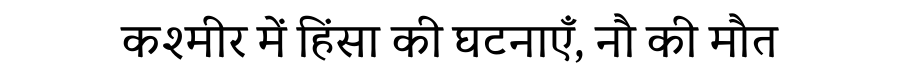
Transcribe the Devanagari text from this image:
कश्मीर में हिंसा की घटनाएँ, नौ की मौत